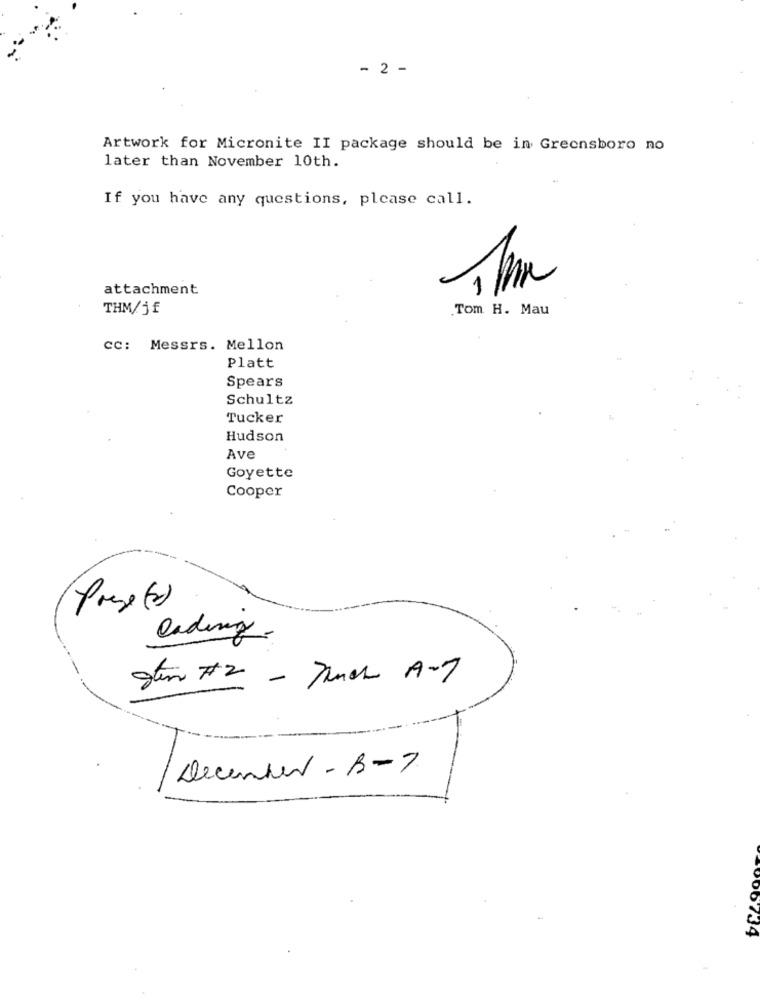
- 2 -
Artwork for Micronite II package should be in Greensboro no
later than November 10th.
4.
If you have any questions, please call.
attachment
THM/jf
Tom H. Mau
CC: Messrs. Mellon
Platt
Spears
Schultz
Tucker
Hudson
Ave
Goyette
Cooper
Prese (2)
lading .
gten #2 - Junch A-7
.
December -B-7
000734